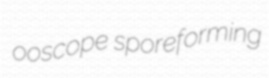
ooscope sporeforming